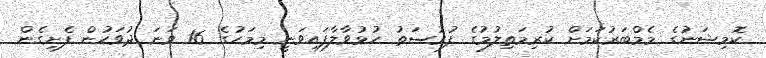
ކޮމިޝަނުގެ މެމްބަރުކަމަށް ކުރިމަތިލުމުގެ ފުރުސަތު ހުޅުވާލާފައިވަނީ މިމަހުގެ 16 ވަނަ ދުވަހުން ފެށިގެން